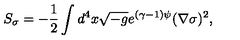
S _ { \sigma } = - \frac { 1 } { 2 } \int d ^ { 4 } x \sqrt { - g } e ^ { ( \gamma - 1 ) \psi } ( \nabla \sigma ) ^ { 2 } ,